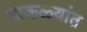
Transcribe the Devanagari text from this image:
पाकळ्यांत